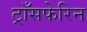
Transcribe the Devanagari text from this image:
ट्राँसफेरिन